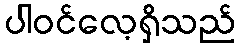
ပါဝင်လေ့ရှိသည်